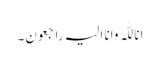
انا للّٰہ وانا الیہ راجعون۔